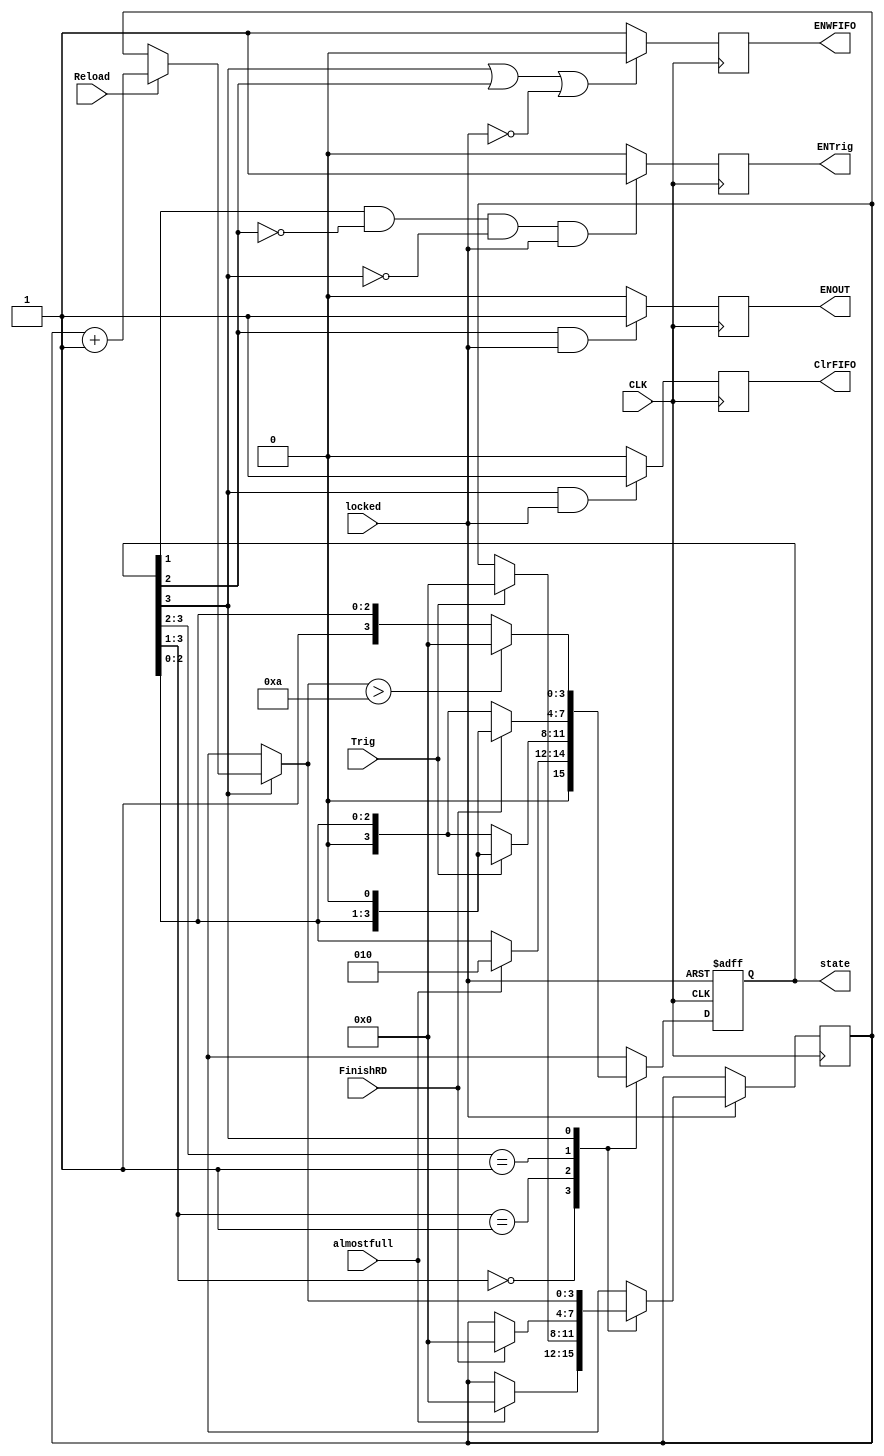
module core(FinishRD,almostfull,Trig,CLK,locked,Reload,ENWFIFO,ENTrig,ENOUT,ClrFIFO,state);
/*

            
1.FIFO1
almostfull=1
2.FIFO1
0
3.FIFO
Wrusedw0<5
4.FIFO

*/
	input FinishRD;
	input almostfull;
	input Trig;
	input CLK;
	input locked;
	input Reload;
	
	reg tTrig;
	
	output reg ENWFIFO;
	output reg ENTrig;
	output reg ENOUT;
	output reg ClrFIFO;
	
	output reg [3:0] state;
	reg [3:0] timecalc;
	initial begin
		state=0;
	end
	
	always @(posedge CLK,negedge locked)begin
		if(!locked)begin
			state=8;
		end else begin
			casex(state)
				4'b000?:
					if(almostfull)begin
						state=2;
						timecalc=0;
					end
				4'b001?:
					if(Trig)begin
						state=state<<1;
						timecalc=0;
					end
				4'b01??:
					if(FinishRD)begin
						state=state<<1;
						timecalc=0;
					end
				4'b1???:
					begin
						if(Reload)begin
							timecalc=timecalc+1;
						end
						if(timecalc>4'hA)begin
							state=0;
						end
					end
			endcase
		end
	end
	
	always @(posedge CLK)begin
		if(state[3]==1 || state[2]==1 || locked==0)begin
			ENWFIFO=0;
		end else begin
			ENWFIFO=1;
		end
	end
	
	always @(posedge CLK)begin
		if(state[1]==1 && state[2]!=1 && state[3]!=1 && locked==1)begin
			ENTrig=1;
		end else begin
			ENTrig=0;
		end
	end
	
	always @(posedge CLK)begin
		if(state[2]==1 && locked==1)begin
			ENOUT=1;
		end else begin
			ENOUT=0;
		end
	end
	
	always @(posedge CLK)begin
		if(state[3]==1 && locked==1)begin
			ClrFIFO=1;
		end else begin
			ClrFIFO=0;
		end
	end
	
endmodule